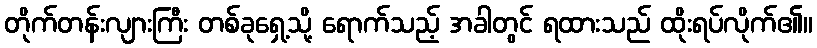
တိုက်တန်းလျားကြီး တစ်ခုရှေ့သို့ ရောက်သည့် အခါတွင် ရထားသည် ထိုးရပ်လိုက်၏။